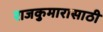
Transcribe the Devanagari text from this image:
राजकुमारासाठी